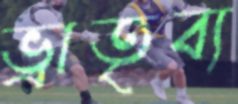
ভ্রাতৃব্য